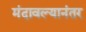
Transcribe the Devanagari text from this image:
मंदावल्यानंतर